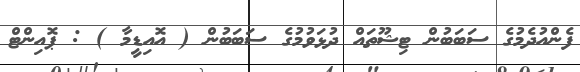
ފެންއުދެމުގެ ސަބަބުން ޓިޝޫތައް ދުޅަވުމުގެ ސަބަބުން ( އޮއިޑީމާ ) : ޕޮއިންޓް